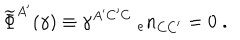
{ \widetilde \Phi } ^ { A ^ { \prime } } ( \gamma ) \equiv \gamma ^ { A ^ { \prime } C ^ { \prime } C } \; { _ { e } n _ { C C ^ { \prime } } } = 0 \; .